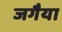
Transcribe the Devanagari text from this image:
जगैया